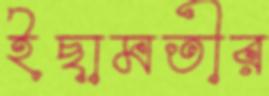
ইছামতীর